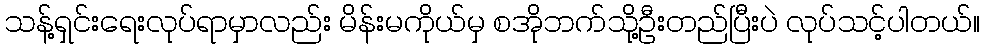
သန့်ရှင်းရေးလုပ်ရာမှာလည်း မိန်းမကိုယ်မှ စအိုဘက်သို့ဦးတည်ပြီးပဲ လုပ်သင့်ပါတယ်။